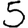
Digit: 5